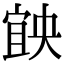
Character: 𡩶